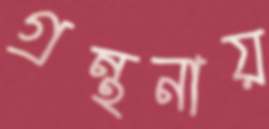
গ্রন্থনায়